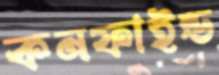
কনফাইন্ড